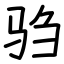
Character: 驺